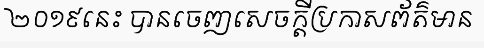
២០១៩នេះ បានចេញសេចក្តីប្រកាសព័ត៌មាន